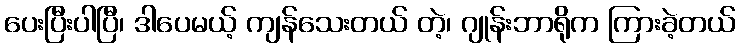
ပေးပြီးပါပြီ၊ ဒါပေမယ့် ကျန်သေးတယ် တဲ့၊ ဂျုန်းဘာရိုက ကြားခဲ့တယ်